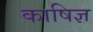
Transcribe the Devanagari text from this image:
काषिज्ञ